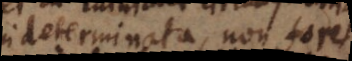
indeterminata, non foret